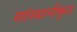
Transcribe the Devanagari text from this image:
सांस्थानीकृत